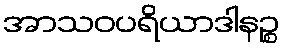
အာသဝပရိယာဒါနဉ္စ